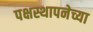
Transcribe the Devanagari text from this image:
पक्षस्थापनेच्या